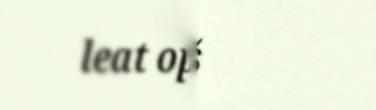
leat oppalaš